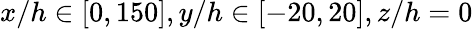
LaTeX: x/h\in[0,150],y/h\in[-20,20],z/h=0